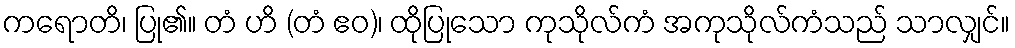
ကရောတိ၊ ပြု၏။ တံ ဟိ (တံ ဧဝ)၊ ထိုပြုသော ကုသိုလ်ကံ အကုသိုလ်ကံသည် သာလျှင်။